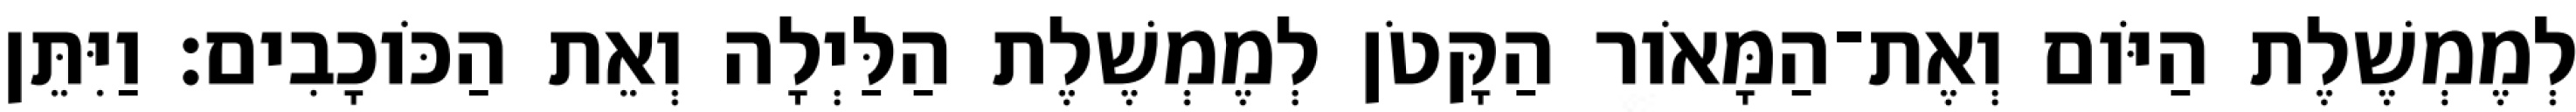
לְמֶמְשֶׁלֶת הַיֹּום וְאֶת־הַמָּאֹור הַקָּטֹן לְמֶמְשֶׁלֶת הַלַּיְלָה וְאֵת הַכֹּוכָבִים׃ וַיִּתֵּן